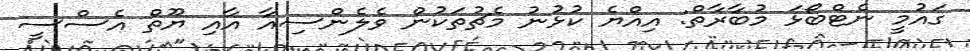
ގައުމީ ނެޓްބޯޅަ މުބާރާތް: އިއްޔެ ކުޅުނު މެޗުތަކުން ވެލެންސިއާ އާއި ޔޫތް އެސްސީ